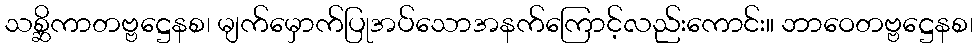
သစ္ဆိကာတဗ္ဗဋ္ဌေနစ၊ မျက်မှောက်ပြုအပ်သောအနက်ကြောင့်လည်းကောင်း။ ဘာဝေတဗ္ဗဋ္ဌေနစ၊